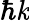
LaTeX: \hbar\mathit{k}